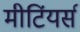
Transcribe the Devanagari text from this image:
मीटिंयर्स